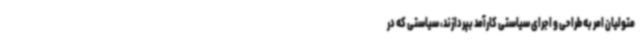
متولیان امر به طراحی و اجرای سیاستی کارآمد بپردازند، سیاستی که در